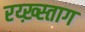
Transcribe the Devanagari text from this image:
रय्ख़्स्ताग